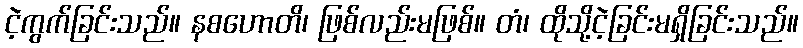
ငဲ့ကွက်ခြင်းသည်။ နစဟောတိ၊ ဖြစ်လည်းမဖြစ်။ တံ၊ ထိုသို့ငဲ့ခြင်းမရှိခြင်းသည်။